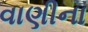
વાણીના